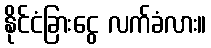
နိုင်ငံခြားငွေ လက်ခံလား။